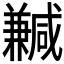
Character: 𠔺